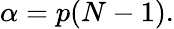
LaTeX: \alpha=p(N-1).